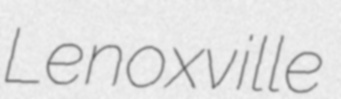
Lenoxville